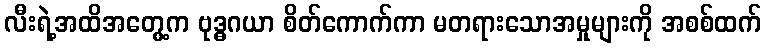
လီးရဲ့အထိအတွေ့က ဗုဒ္ဓဂယာ စိတ်ကောက်ကာ မတရားသောအမှုများကို အစစ်ထက်